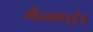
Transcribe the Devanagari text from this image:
मैनकाईंड